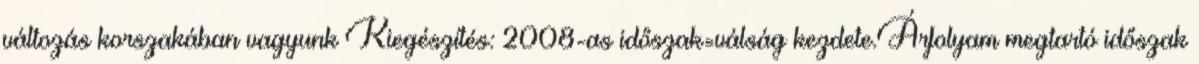
változás korszakában vagyunk Kiegészítés: 2008-as időszak=válság kezdete.Árfolyam megtartó időszak